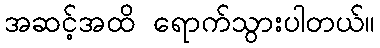
အဆင့်အထိ ရောက်သွားပါတယ်။